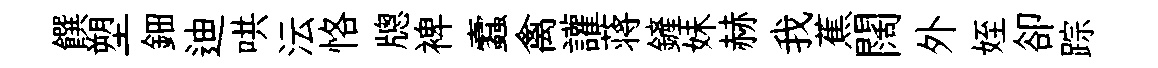
饌塑鈿迪哄沄恪牕裨蠧禽讙蒋鏟妹赫我蕉闊外姪卻踪